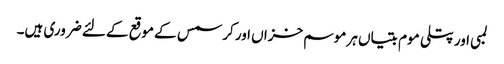
لمبی اور پتلی موم بتیاں ہر موسم خزاں اور کرسمس کے موقع کے لئے ضروری ہیں۔